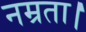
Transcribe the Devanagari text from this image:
नम्रता।